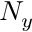
N _ { y }